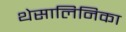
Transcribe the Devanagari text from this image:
थेसालिनिका